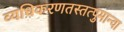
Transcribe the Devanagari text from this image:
व्यधिकरणतस्तत्पुमान्वा